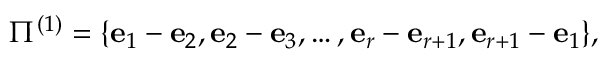
\Pi ^ { ( 1 ) } = \{ { \bf e } _ { 1 } - { \bf e } _ { 2 } , { \bf e } _ { 2 } - { \bf e } _ { 3 } , \ldots , { \bf e } _ { r } - { \bf e } _ { r + 1 } , { \bf e } _ { r + 1 } - { \bf e } _ { 1 } \} ,